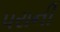
પરાની